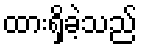
ထားရှိခဲ့သည်